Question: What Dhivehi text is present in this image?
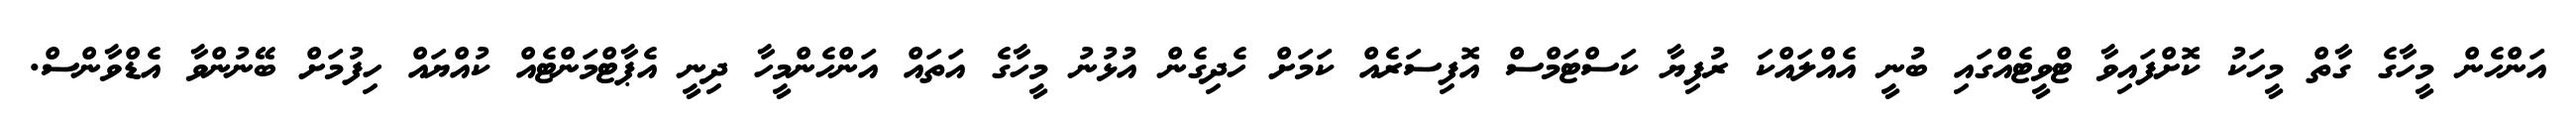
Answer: އަންހެން މީހާގެ ގާތް މީހަކު ކޮށްފައިވާ ޓްވީޓެއްގައި ބުނީ އެއްލައްކަ ރުފިޔާ ކަސްޓަމްސް އޮފިސަރެއް ކަމަށް ހެދިގެން އުޅުނު މީހާގެ އަތައް އަންހެންމީހާ ދިނީ އެޕާޓްމަންޓެއް ކުއްޔައް ހިފުމަށް ބޭނުންވާ އެޑްވާންސް.